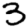
Digit: 3